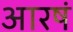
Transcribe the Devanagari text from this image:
आरषं